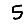
Digit: 5